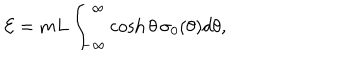
{ \cal E } = m L \int _ { - \infty } ^ { \infty } \cosh \theta \, \sigma _ { 0 } ( \theta ) d \theta ,